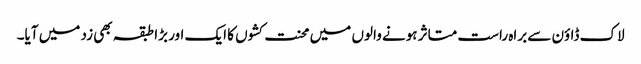
لاک ڈاؤن سے براہ راست متاثر ہونے والوں میں محنت کشوں کا ایک اور بڑا طبقہ بھی زد میں آیا۔